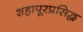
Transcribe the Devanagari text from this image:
शहापूरप्रसिद्ध